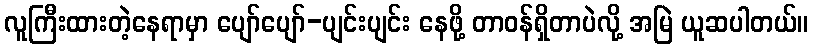
လူကြီးထားတဲ့နေရာမှာ ပျော်ပျော်-ပျင်းပျင်း နေဖို့ တာဝန်ရှိတာပဲလို့ အမြဲ ယူဆပါတယ်။